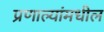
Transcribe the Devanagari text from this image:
प्रणाल्यांमधील